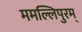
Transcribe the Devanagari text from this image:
ममल्लिपुरम्